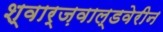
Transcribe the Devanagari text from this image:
श्वार्ज़वाल्डवेरीन